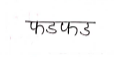
मजकूर: फडफड